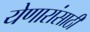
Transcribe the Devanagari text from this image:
येणारांसाठी